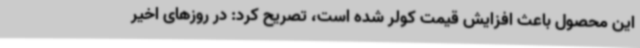
این محصول باعث افزایش قیمت کولر شده است، تصریح کرد: در روزهای اخیر